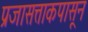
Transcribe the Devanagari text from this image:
प्रजासत्ताकपासून